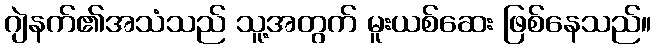
ဂျဲနက်၏အသံသည် သူ့အတွက် မူးယစ်ဆေး ဖြစ်နေသည်။